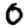
Digit: 0